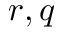
r , q